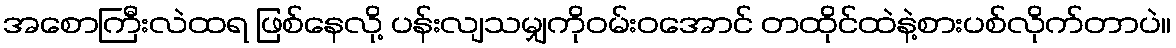
အစောကြီးလဲထရ ဖြစ်နေလို့ ပန်းလျသမျှကိုဝမ်းဝအောင် တထိုင်ထဲနဲ့စားပစ်လိုက်တာပဲ။